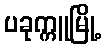
ပခုက္ကူမြို့